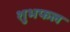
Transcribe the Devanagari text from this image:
शुभफल